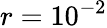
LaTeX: r=10^{-2}